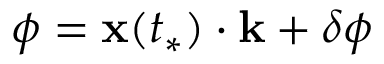
\phi = \mathbf { x } ( t _ { * } ) \cdot \mathbf { k } + \delta \phi